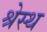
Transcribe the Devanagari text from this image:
श्रेस्थ